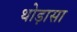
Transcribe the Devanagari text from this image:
थोड़ासा